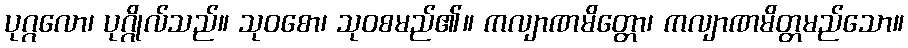
ပုဂ္ဂလော၊ ပုဂ္ဂိုလ်သည်။ သုဝစော၊ သုဝစမည်၏။ ကလျာဏမိတ္တော၊ ကလျာဏမိတ္တမည်သော။